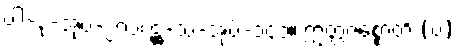
ပါ-ဒု-အုပ်-၂၇၁၊ ဋ္ဌ-သ-အုပ်-၁၄၁။ ဣတ္တဇစ္စောတိ (ပ)